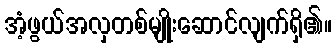
အံ့ဖွယ်အလှတစ်မျိုးဆောင်လျက်ရှိ၏။